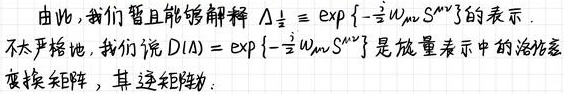
由此, 我们暂且能够解释 $\Lambda_{\frac{1}{2}} \equiv \exp \left\{-\frac{\mathrm{i}}{2} \omega_{\mu \nu} S^{\mu \nu}\right\}$ 的表示.
不太严格地, 我们说 $D(\Lambda)=\exp \left\{-\frac{\mathrm{i}}{2} \omega_{\mu \nu} S^{\mu \nu}\right\}$ 是旋量表示中的洛伦兹
变换矩阵, 其逆矩阵为: